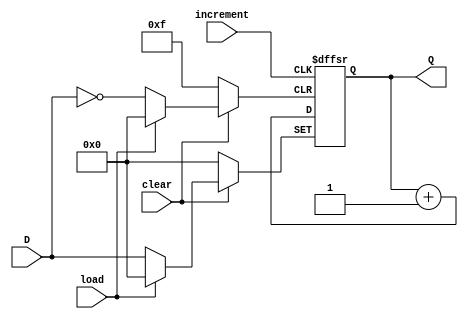
module binaryCounter #(parameter N=4)
(
	input [N-1:0] D,
	input clear, increment, load,
	output reg [N-1:0] Q
);
	always @ (negedge increment, negedge clear, negedge load) begin
		if(clear == 0)
			Q = 4'b0000;
		else if(load == 0)
			Q = D;
		else
			Q <= Q + 1;
	end
endmodule